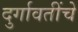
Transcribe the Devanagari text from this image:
दुर्गावतींचे